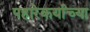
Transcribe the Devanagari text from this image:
पहारेकर्यांच्या